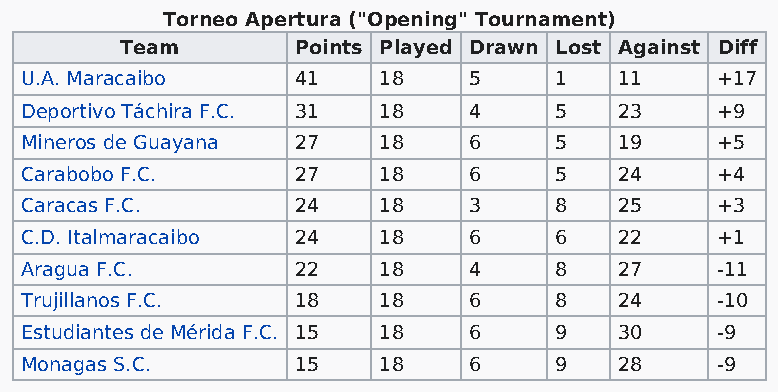
Torneo Apertura ("Opening" Tournament)
 Team       Points Played Drawn Lost Against Diff
 U.A. Maracaibo    41    18    5     1   11    +17
 Deportivo Táchira F.C. 31 18  4     5   23    +9
 Mineros de Guayana 27   18    6     5   19    +5
 Carabobo F.C.     27    18    6     5   24    +4
 Caracas F.C.      24    18    3     8   25    +3
 C.D. Italmaracaibo 24   18    6     6   22    +1
 Aragua F.C.       22    18    4     8   27    -11
 Trujillanos F.C.  18    18    6     8   24    -10
 Estudiantes de Mérida F.C. 15 18 6  9   30    -9
 Monagas S.C.      15    18    6     9   28    -9